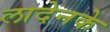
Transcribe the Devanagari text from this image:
लादेनके